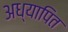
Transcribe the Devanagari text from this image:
अध्यापित